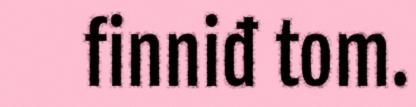
finniđ tom.